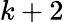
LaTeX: k+2